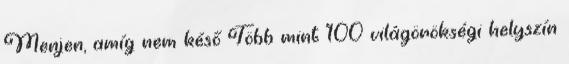
Menjen, amíg nem késő Több mint 100 világörökségi helyszín